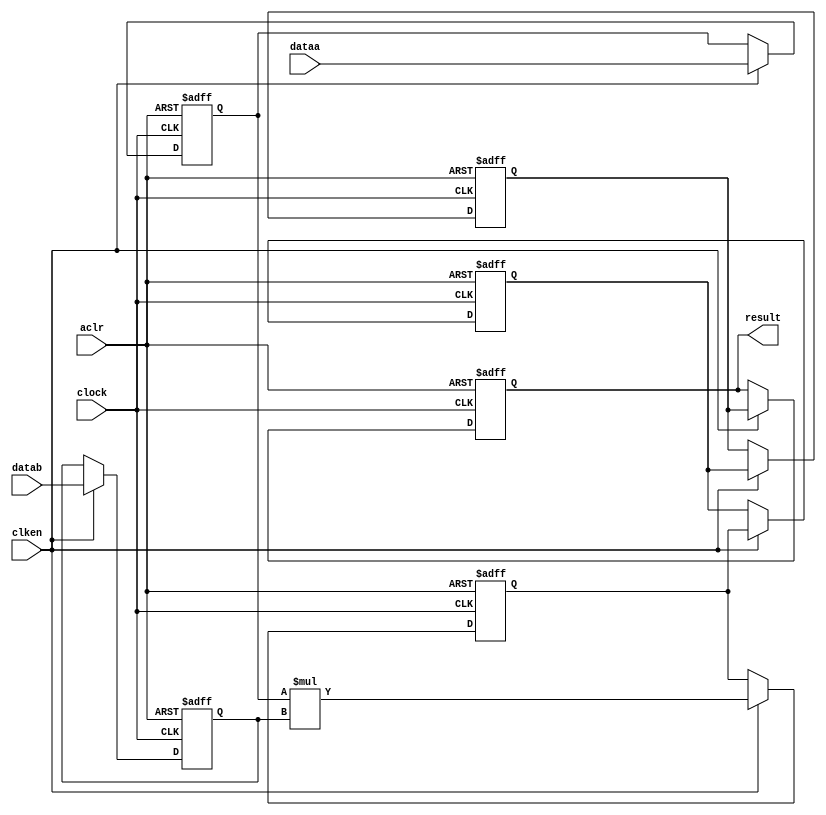
//lpm_mult CBX_DECLARE_ALL_CONNECTED_PORTS="OFF" DEDICATED_MULTIPLIER_CIRCUITRY="YES" DEVICE_FAMILY="Cyclone V" DSP_BLOCK_BALANCING="Auto" LPM_PIPELINE=5 LPM_REPRESENTATION="UNSIGNED" LPM_WIDTHA=24 LPM_WIDTHB=24 LPM_WIDTHP=48 LPM_WIDTHS=1 aclr clken clock dataa datab result CARRY_CHAIN="MANUAL" CARRY_CHAIN_LENGTH=48
//VERSION_BEGIN 15.0 cbx_cycloneii 2015:04:22:18:04:07:SJ cbx_lpm_add_sub 2015:04:22:18:04:07:SJ cbx_lpm_mult 2015:04:22:18:04:08:SJ cbx_mgl 2015:04:22:18:06:50:SJ cbx_padd 2015:04:22:18:04:08:SJ cbx_stratix 2015:04:22:18:04:08:SJ cbx_stratixii 2015:04:22:18:04:08:SJ cbx_util_mgl 2015:04:22:18:04:08:SJ  VERSION_END
// synthesis VERILOG_INPUT_VERSION VERILOG_2001
// altera message_off 10463



// Copyright (C) 1991-2015 Altera Corporation. All rights reserved.
//  Your use of Altera Corporation's design tools, logic functions 
//  and other software and tools, and its AMPP partner logic 
//  functions, and any output files from any of the foregoing 
//  (including device programming or simulation files), and any 
//  associated documentation or information are expressly subject 
//  to the terms and conditions of the Altera Program License 
//  Subscription Agreement, the Altera Quartus II License Agreement,
//  the Altera MegaCore Function License Agreement, or other 
//  applicable license agreement, including, without limitation, 
//  that your use is for the sole purpose of programming logic 
//  devices manufactured by Altera and sold by Altera or its 
//  authorized distributors.  Please refer to the applicable 
//  agreement for further details.



//synthesis_resources = 
//synopsys translate_off
`timescale 1 ps / 1 ps
//synopsys translate_on
module  mult_9ct
	( 
	aclr,
	clken,
	clock,
	dataa,
	datab,
	result) /* synthesis synthesis_clearbox=1 */;
	input   aclr;
	input   clken;
	input   clock;
	input   [23:0]  dataa;
	input   [23:0]  datab;
	output   [47:0]  result;
`ifndef ALTERA_RESERVED_QIS
// synopsys translate_off
`endif
	tri0   aclr;
	tri1   clken;
	tri0   clock;
`ifndef ALTERA_RESERVED_QIS
// synopsys translate_on
`endif

	reg  [23:0]  dataa_input_reg;
	reg  [23:0]  datab_input_reg;
	reg  [47:0]  result_output_reg;
	reg  [47:0]  result_extra0_reg;
	reg  [47:0]  result_extra1_reg;
	reg  [47:0]  result_extra2_reg;
	wire [23:0]    dataa_wire;
	wire [23:0]    datab_wire;
	wire [47:0]    result_wire;


	// synopsys translate_off
	initial
		dataa_input_reg = 0;
	// synopsys translate_on
	always @(posedge clock or posedge aclr)
		if (aclr == 1'b1)    dataa_input_reg <= 24'b0;
		else if (clken == 1'b1)	dataa_input_reg <= dataa;
	// synopsys translate_off
	initial
		datab_input_reg = 0;
	// synopsys translate_on
	always @(posedge clock or posedge aclr)
		if (aclr == 1'b1)    datab_input_reg <= 24'b0;
		else if (clken == 1'b1)	datab_input_reg <= datab;
	// synopsys translate_off
	initial
		result_output_reg = 0;
	// synopsys translate_on
	always @(posedge clock or posedge aclr)
		if (aclr == 1'b1)    result_output_reg <= 48'b0;
		else if (clken == 1'b1)	result_output_reg <= result_extra2_reg;
	// synopsys translate_off
	initial
		result_extra0_reg = 0;
	// synopsys translate_on
	always @(posedge clock or posedge aclr)
		if (aclr == 1'b1)    result_extra0_reg <= 48'b0;
		else if (clken == 1'b1)	result_extra0_reg <= result_wire[47:0];
	// synopsys translate_off
	initial
		result_extra1_reg = 0;
	// synopsys translate_on
	always @(posedge clock or posedge aclr)
		if (aclr == 1'b1)    result_extra1_reg <= 48'b0;
		else if (clken == 1'b1)	result_extra1_reg <= result_extra0_reg;
	// synopsys translate_off
	initial
		result_extra2_reg = 0;
	// synopsys translate_on
	always @(posedge clock or posedge aclr)
		if (aclr == 1'b1)    result_extra2_reg <= 48'b0;
		else if (clken == 1'b1)	result_extra2_reg <= result_extra1_reg;

	assign dataa_wire = dataa_input_reg;
	assign datab_wire = datab_input_reg;
	assign result_wire = dataa_wire * datab_wire;
	assign result = ({result_output_reg});

endmodule //mult_9ct
//VALID FILE